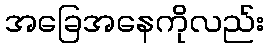
အခြေအနေကိုလည်း